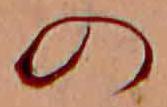
の